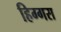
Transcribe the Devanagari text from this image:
हिग्गस